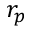
r _ { p }